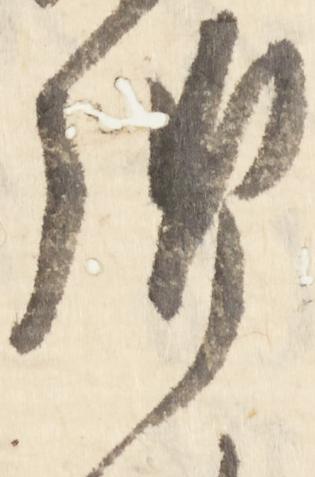
御